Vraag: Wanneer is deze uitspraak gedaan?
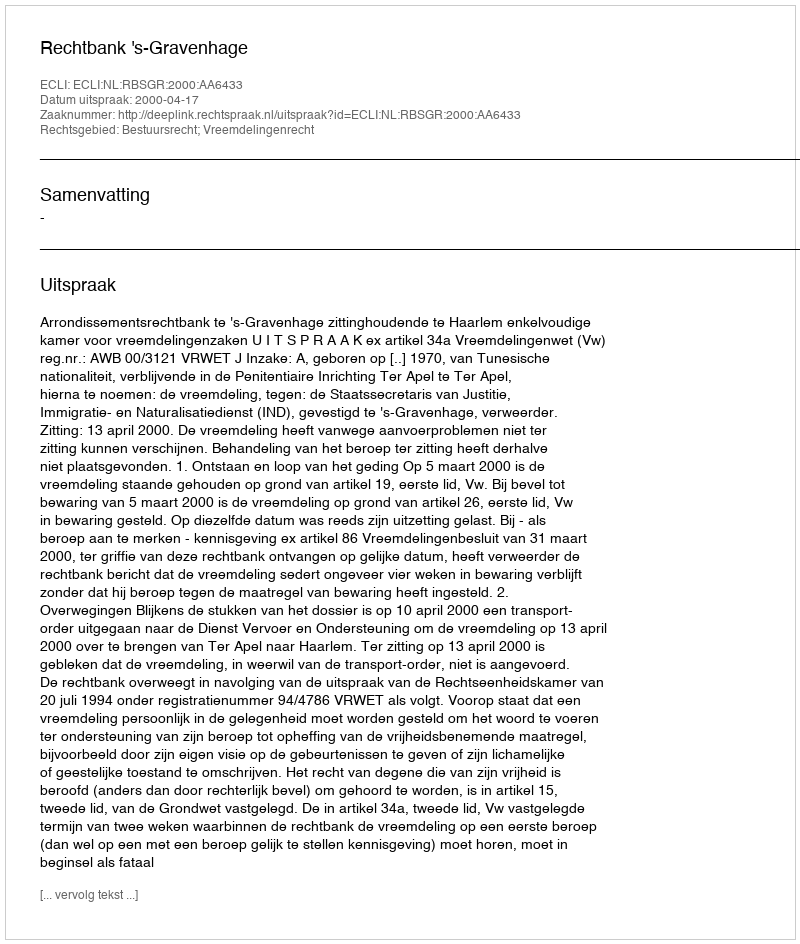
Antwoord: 2000-04-17